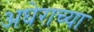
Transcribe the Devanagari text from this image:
अघेराच्या